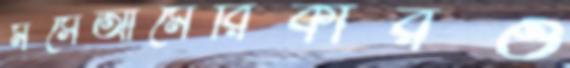
মসেআমেরিকারও